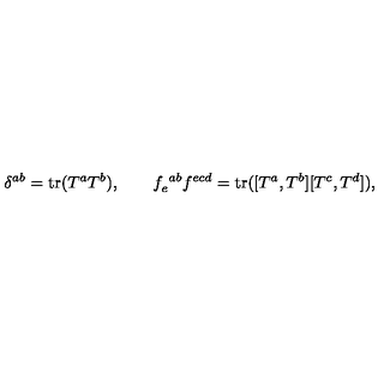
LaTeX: \delta ^ { a b } = \mathrm { t r } ( T ^ { a } T ^ { b } ) , \qquad f _ { e } ^ { \ a b } f ^ { e c d } = \mathrm { t r } ( [ T ^ { a } , T ^ { b } ] [ T ^ { c } , T ^ { d } ] ) ,